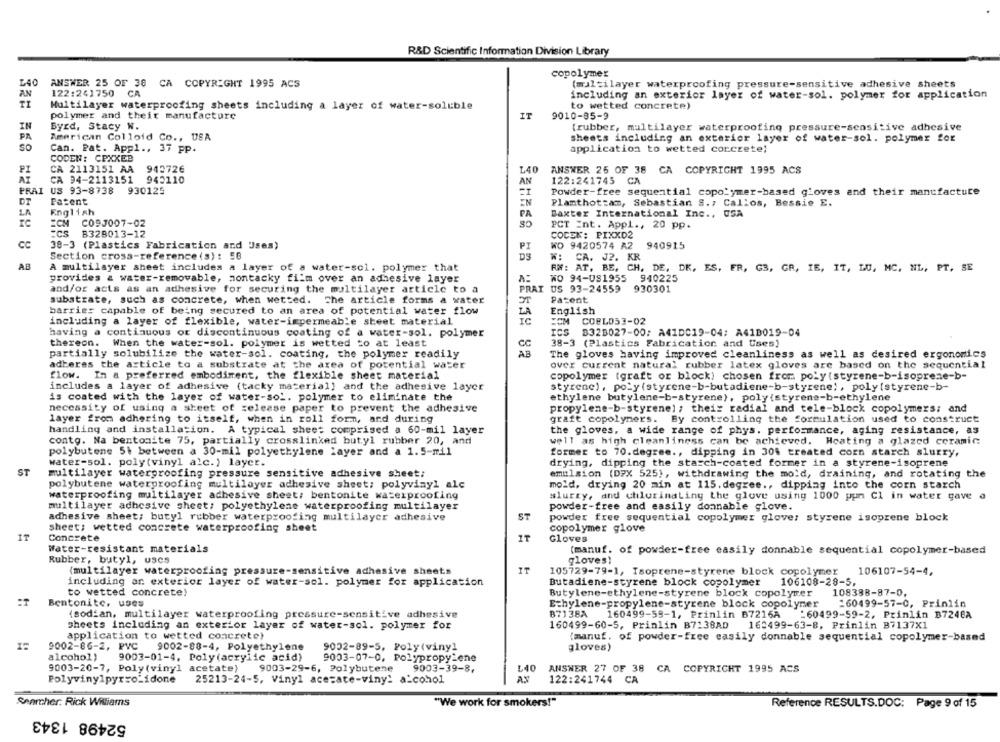
R&D Scientific Information Division Library
copolymer
LA0
ANSWER 25 OF 38 CA COPYRIGHT 1995 ACS
(multilayer waterproofing pressure-sensitive adhesive sheets
AN
122:241750 CA
including an exterior layer of water-sol. polymer for application
Multilayer waterproofing sheets including a layer of water-soluble
to wetted concrete)
polymer and their manufacture
IT
9010-85-9
IN
Byrd, Stacy W.
(rubber, multilayer waterproofing pressure-sensitive adhesive
PA
American Colloid Co ., USA
sheets including an exterior layer of water-sol. polymer for
so
Can. Pat. Appl ., 37 pp.
application to wetted concrete;
CODEN: CPXXEB
PI
CA 2113151 AA 943726
L40
ANSWER 25 OF 38 CA COPYRIGHT 1995 ACS
AT
943110
CA 94-2113151
AN
122:241745
CA
PRAI US 93-8738
930125
Powder-free sequential copolymer-based gioves and their manufacture
DT
Patent
EN
Planthotam, Sebastian S.7 Callos, Bessie E.
LA
English
PA
Baxter International Inc ., USA
ICM C09J007-02
PCT Int. Appl ., 20 pp.
Ecs
B328013-12
COCEK: PIXXD2
cc
P
WO 9420574 A2
940915
38-3 (Plastics Fabrication and Uses)
Section cross-reference (s): 56
DS
W: CA. J2. KR
AB
A multilayer sheet includes a layer of a water-sol. polymer that
AM: AT, BE, CH, DE, DK, ES, FR, G3, GR, IE, IT, LU, MC. NL, PT. SE
provides & water-removable, nontacky film over an adhesive layer
WO 94-US1955
940225
and/or acts as an adhesive for securing the multilayer article to a
PRAT
US 93-24559
930301
substrate, such as concrete, when wetted. The article forms a water
Patent
barrier capable of being secured to an area of potential water flow
LA
English
IC
ICM COPL053-02
including a layer of flexible, water-impermeable sheet material
having a continuous or discontinuous coating of a water-sol. polymer
ICS B32B027-00: A41DC19-04: A41B019-04
thereon.
When the water-sol. polymer is wetted to at least
38-3 (Plastics Fabrication and Uses)
partially solubilize the water-sol. coating, the polymer readily
Ce
The gloves having improved cleanliness as well as desired ergonomics
adheres the article to a substrate at the area of potential water
over current natural rubber latex gloves are based on the sequential
flow. In a preferred embodiment, the flexible sheet material
copolymer (graft or block) chosen from poly (styrene-b-isoprene-b-
includes a layer of adhesive (tacky material) and the adhesive layer
styrene), poly (styrene-b-butadiene-b-styrene), poly (styrene-b-
is coated with the layer of water-sol. polymer to eliminate the
ethylene butylene-b-styrene), poly{styrene-b-ethylene
necessity of using a sheet of release paper to prevent the adhesive
propylene-b-styrene) ; their radial and tele-block copolymers; and
layer from adhering to itself, when in roll form, and during
graft copolymers. By controlling the formulation used to construct
handling and installation. A typical sheet comprised a 60-mil layer
the gloves, a wide range of phys. performance, aging resistance, as
contg. Na bentonite 75, partially crosslinked butyl rubber 20, and
well as high cleanliness can be achieved. Heating a glazed ceramic
polybutene 5} between a 30-mil polyethylene layer and a 1.5-mil
former to 70.degree ., dipping in 30% treated corn starch slurry,
water-sol. poly(vinyl alc.) layer.
drying, dipping the stasch-coated former in a styrene-isoprene
ST
multilayer waterproofing pressure sensitive adhesive sheet;
emulsion (DPX 525), withdrawing the mold, draining, and rotating the
polybutene waterproofing multilayer adhesive sheet; polyvinyl alc
mold. drying 20 min at 115. degree ., dipping into the corn starch
waterproofing multilayer adhesive sheet: bentonite waterproofing
slurry, and chlorinating the glove using 1000 pun Cl in water gave a
multilayer adhesive sheet; polyethylene waterproofing multilayer
powder-free and easily donnable glove.
adhesive sheet; butyl rubber waterproofing multilayer adhesive
ST
powder free sequential copolymer glove; styrene isoprene block
sheet; wetted concrete waterproofing sheet
copolymer glove
IT
Concrete
Gloves
Water-resistant materials
(manuf. of powder-free easily donnable sequential copolymer-based
Rubber, butyl, uscs
gloves!
(multilayer waterproofing pressure-sensitive adhesive sheets
IT
105729-79-1, Isoprene-styrene block copolymer
106107-54-4,
including ar exterior layer of water-sol. polymer for application
Butadiene-styrene block copolymer
106108-28-5,
to wetted concrete!
Butylene-ethylene-styrene block copolymer
108388-87-0.
Bentonite, uses
Ethylene-propylene-styrene block copolymer
160499-57-0, Prinlin
(sodian, multilayer waterproofing pressure-sensitive adhesive
B7138A
160499-59-1, Prinlin B7216A
160499-59-2, Prinlin B7246A
sheets including an exterior layer of water-sol. polymer for
160499-60-5, Prinlin B7138AD
163499-63-8, Prinlin B7137X1
application to wetted concrete)
{manuf. of powder-free easily donnable sequential copolymer-based
9002-86-2, PVC
9002-88-4, Polyethylene
9002-89-5, Poly(viny]
gloves)
alcohol)
9003-01-4, Poly(acrylic acid)
9003-07-0, Polypropylene
9003-29-6, Polybutene
9003-39-8,
L40
9003-20-7, Poly(vinyl acetate)
ANSWER 27 OF 38 CA COPYRIGHT 1995 ACS
PolyvinylpyrzoLidone
25213-24-5, Vinyl acetate-viny! alcohol
AN
122:241744 CA
Searcher. Rick Williams
"We work for smokers!"
Reference RESULTS.DOC: Page 9 of 15
52498 1343